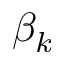
\beta _ { k }